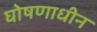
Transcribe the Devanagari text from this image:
घोषणाधीन